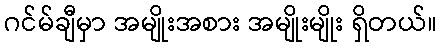
ဂင်မ်ချီမှာ အမျိုးအစား အမျိုးမျိုး ရှိတယ်။